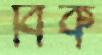
বিক